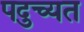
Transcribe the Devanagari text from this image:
पदुच्यत